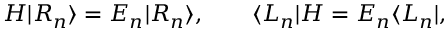
H | R _ { n } \rangle = E _ { n } | R _ { n } \rangle , \qquad \langle L _ { n } | H = E _ { n } \langle L _ { n } | ,